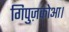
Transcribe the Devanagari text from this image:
गिपुज़कोआ।